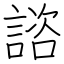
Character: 諮